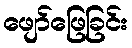
ဖျော်ဖြေခြင်း